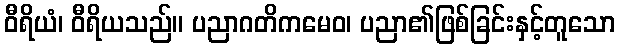
ဝီရိယံ၊ ဝီရိယသည်။ ပညာဂတိကမေဝ၊ ပညာ၏ဖြစ်ခြင်းနှင့်တူသော